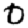
Digit: 0